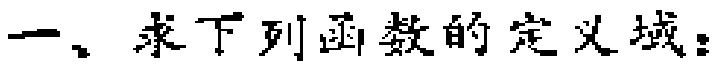
一、求下列函数的定义域：